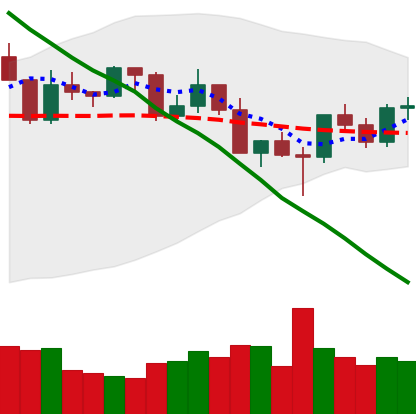
Ticker: XRP-USD
Chart end date: 2022-03-01
Forward return: -7.5%
Label: down_7plus